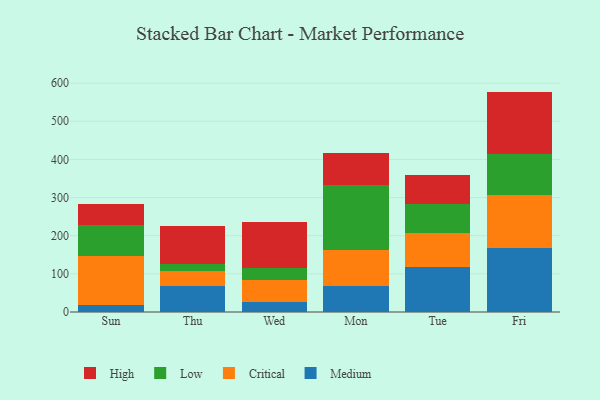
{"axis": {"x": "Day", "y": "Website Visitors"}, "legend": ["Critical", "High", "Low", "Medium"], "data": [{"x": "Sun", "y": 18.5, "type": "Medium"}, {"x": "Sun", "y": 127.7, "type": "Critical"}, {"x": "Sun", "y": 82.6, "type": "Low"}, {"x": "Sun", "y": 54.2, "type": "High"}, {"x": "Thu", "y": 67.3, "type": "Medium"}, {"x": "Thu", "y": 40.7, "type": "Critical"}, {"x": "Thu", "y": 16.8, "type": "Low"}, {"x": "Thu", "y": 100.6, "type": "High"}, {"x": "Wed", "y": 25.8, "type": "Medium"}, {"x": "Wed", "y": 59.1, "type": "Critical"}, {"x": "Wed", "y": 29.6, "type": "Low"}, {"x": "Wed", "y": 120.7, "type": "High"}, {"x": "Mon", "y": 68.4, "type": "Medium"}, {"x": "Mon", "y": 94.0, "type": "Critical"}, {"x": "Mon", "y": 170.9, "type": "Low"}, {"x": "Mon", "y": 83.2, "type": "High"}, {"x": "Tue", "y": 119.2, "type": "Medium"}, {"x": "Tue", "y": 88.8, "type": "Critical"}, {"x": "Tue", "y": 75.5, "type": "Low"}, {"x": "Tue", "y": 75.5, "type": "High"}, {"x": "Fri", "y": 167.7, "type": "Medium"}, {"x": "Fri", "y": 140.0, "type": "Critical"}, {"x": "Fri", "y": 105.5, "type": "Low"}, {"x": "Fri", "y": 164.5, "type": "High"}]}